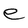
Character: e